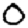
Digit: 0